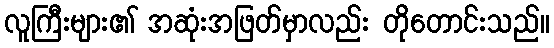
လူကြီးများ၏ အဆုံးအဖြတ်မှာလည်း တိုတောင်းသည်။